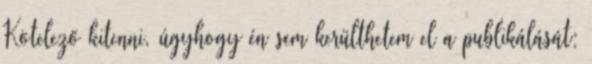
Kötelező kitenni, úgyhogy én sem kerülthetem el a publikálását: